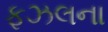
ફઝલના